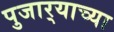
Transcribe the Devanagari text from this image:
पुजार्‍याच्या